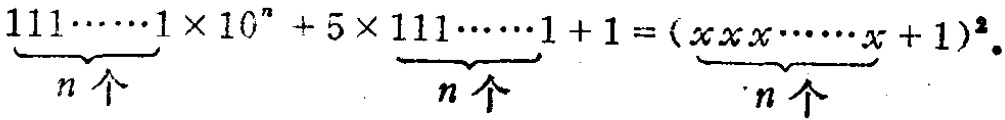
\(\underbrace{111\cdots\cdots1}_{n个}\times 10^{n}+5\times\underbrace{111\cdots\cdots1}_{n个}+1 = (\underbrace{xxx\cdots\cdots x}_{n个}+1)^{2}\)